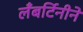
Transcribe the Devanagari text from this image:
लँबर्टिनीने